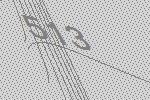
513